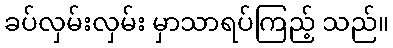
ခပ်လှမ်းလှမ်း မှာသာရပ်ကြည့် သည်။